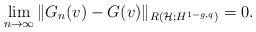
LaTeX: \begin{align*}\lim_{n \rightarrow \infty} \| G_n(v) - G(v)\|_{R(\mathcal{H};H^{1-g,q})}=0.\end{align*}